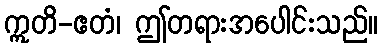
ဣတိ-ဧတံ၊ ဤတရားအပေါင်းသည်။